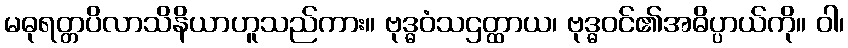
မဓုရတ္တပိလာသိနိယာဟူသည်ကား။ ဗုဒ္ဓဝံသဌတ္ထာယ၊ ဗုဒ္ဓဝင်၏အဓိပ္ပာယ်ကို။ ဝါ၊